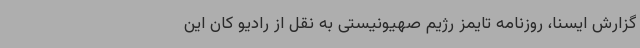
گزارش ایسنا، روزنامه تایمز رژیم صهیونیستی به نقل از رادیو کان این